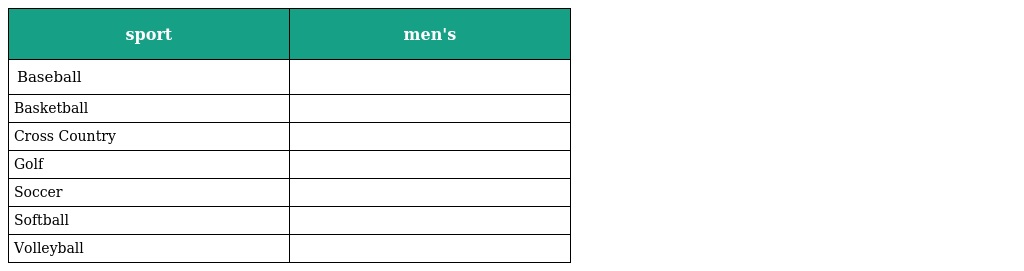
| sport | men's |
 | --- | --- |
 | Baseball |  |
 | Basketball |  |
 | Cross Country |  |
 | Golf |  |
 | Soccer |  |
 | Softball |  |
 | Volleyball |  |